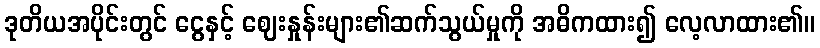
ဒုတိယအပိုင်းတွင် ငွေနှင့် ဈေးနှုန်းများ၏ဆက်သွယ်မှုကို အဓိကထား၍ လေ့လာထား၏။